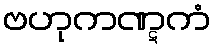
ဗဟုကဏ္ဋကံ